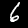
Digit: 6